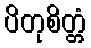
ပိတုစိတ္တံ